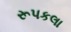
રૂપકલા